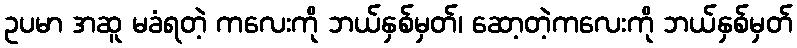
ဥပမာ အဆူ မခံရတဲ့ ကလေးကို ဘယ်နှစ်မှတ်၊ ဆော့တဲ့ကလေးကို ဘယ်နှစ်မှတ်